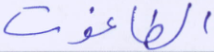
الطاغوت